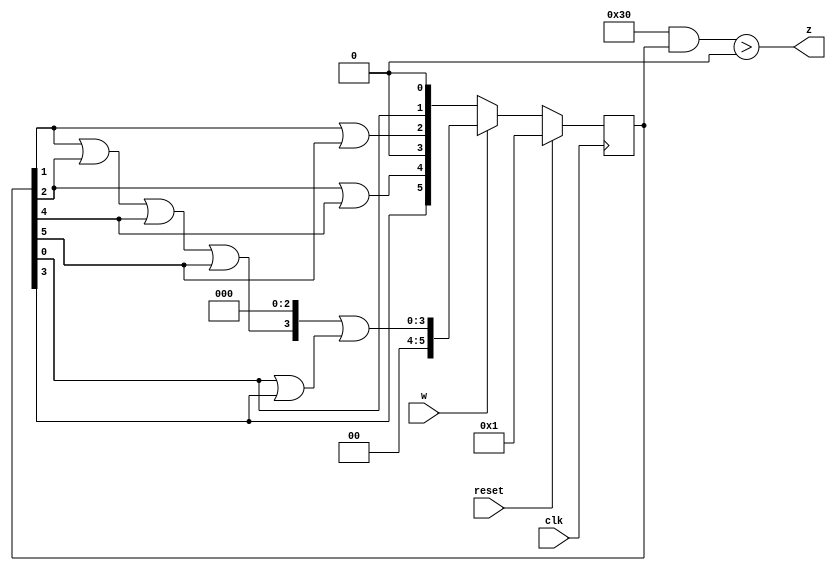
module top_module (
    input clk,
    input reset,     // synchronous reset
    input w,
    output z);

    reg [5:0] state, next_state;
    
    always @(*) begin
        if (w)
            next_state <= ((state[1] | state[2] | state[4] | state[5]) << 3) | (state[0] | state[3]);
        else
            next_state <= { state[3], (state[2] | state[4]), 1'b0, (state[1] | state[5]), state[0]} << 1;
    end
    
    always @(posedge clk) begin
        if (reset)
            state <= 1;
        else
            state <= next_state;
    end
    
    assign z = ('b110000 & state) > 0;
endmodule